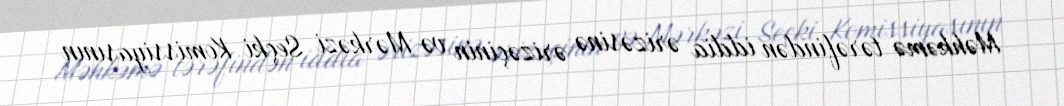
Məhkəmə tərəfindən iddia ərizəsinə ərizəçinin və Mərkəzi Seçki Komissiyasının